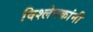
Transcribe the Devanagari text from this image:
विश्लेषकांनी